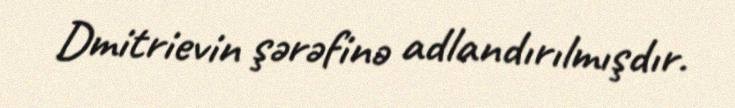
Dmitrievin şərəfinə adlandırılmışdır.